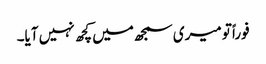
فوراً تو میری سمجھ میں کچھ نہیں آیا۔